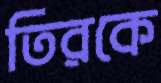
তিরকে